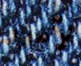
لأمور